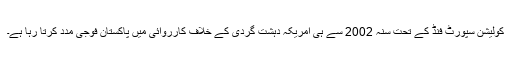
كولیشن سپورٹ فنڈ کے تحت سنہ 2002 سے ہی امریکہ دہشت گردی کے خلاف کارروائی میں پاکستان فوجی مدد کرتا رہا ہے۔